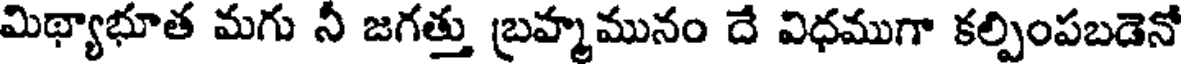
మిథ్యాభూత మగు నీ జగత్తు బ్రహ్మమునం దే విధముగా కల్పింపబడెనో